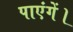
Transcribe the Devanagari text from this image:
पाएंगें।